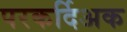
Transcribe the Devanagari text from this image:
परकर्दिअक